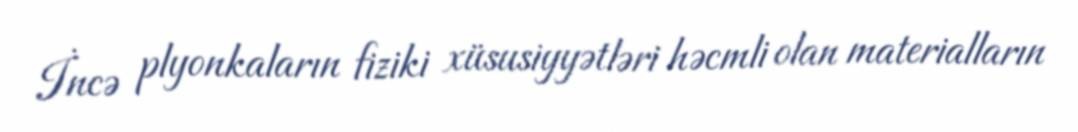
İncə plyonkaların fiziki xüsusiyyətləri həcmli olan materialların